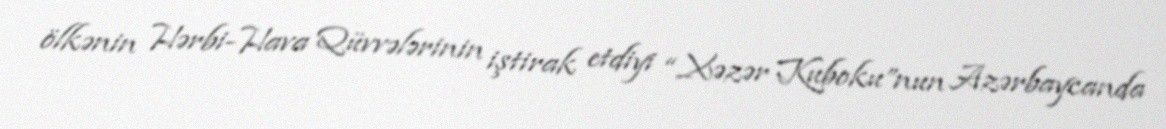
ölkənin Hərbi-Hava Qüvvələrinin iştirak etdiyi “Xəzər Kuboku”nun Azərbaycanda